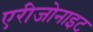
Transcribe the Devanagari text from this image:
एरीजोनाइट